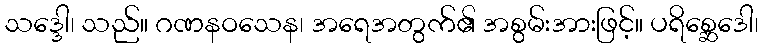
သဒ္ဒေါ၊ သည်။ ဂဏနဝသေန၊ အရေအတွက်၏ အစွမ်းအားဖြင့်။ ပရိစ္ဆေဒေါ၊